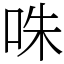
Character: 咮